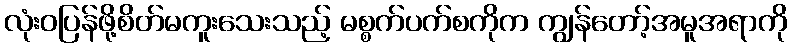
လုံးဝပြန်ဖို့စိတ်မကူးသေးသည့် မစ္စက်ပက်စကိုက ကျွန်တော့်အမူအရာကို